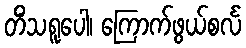
တိံသရူပေါ၊ ကြောက်ဖွယ်စင်္လ